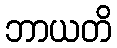
ဘာယတိ